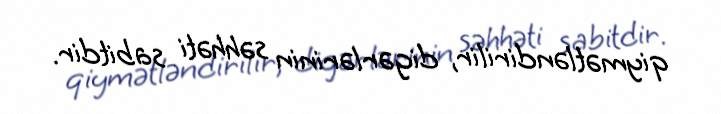
qiymətləndirilir, digərlərinin səhhəti sabitdir.